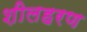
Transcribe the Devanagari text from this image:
शीलहरण